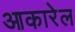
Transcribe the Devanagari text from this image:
आकारेल